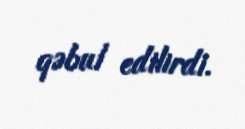
qəbul edilirdi.